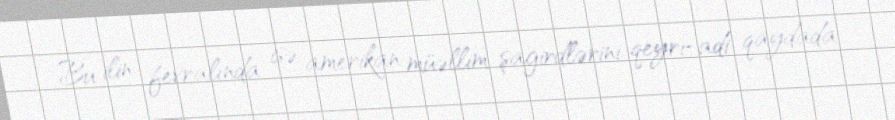
Bu ilin fevralında isə amerikan müəllim şagirdlərini qeyri-adi qaydada